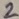
Text: 2